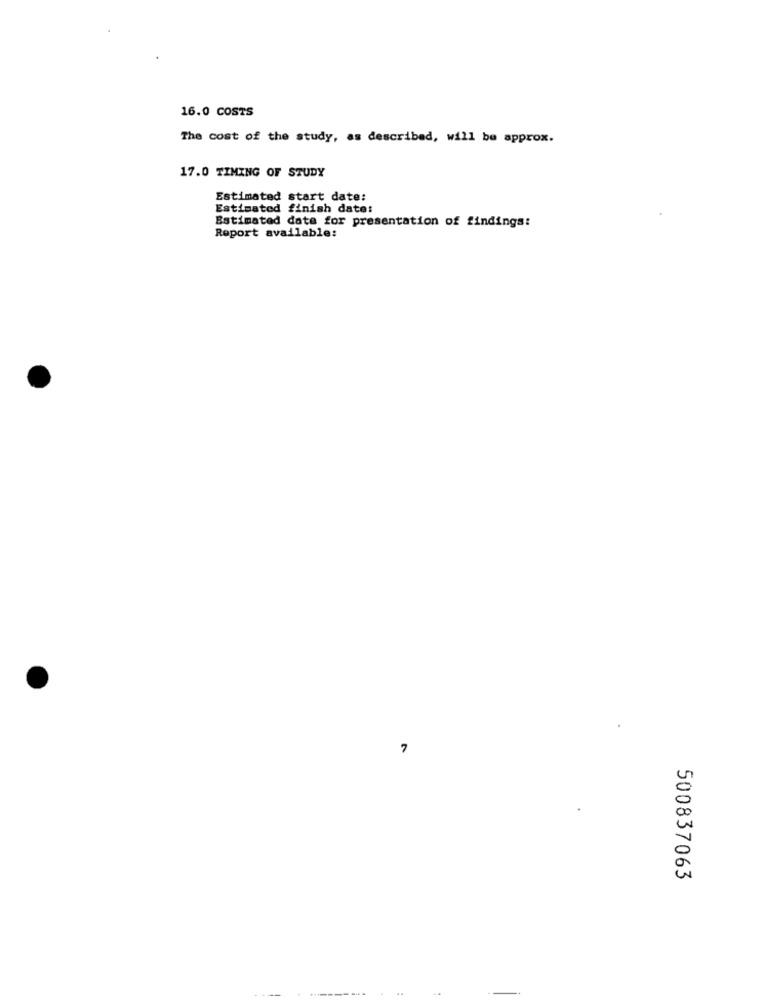
16.0 COSTS
The cost of the study, as described, will be approx.
17.0 TIMING OF STUDY
Estimated start date:
Estimated finish date:
Estimated date for presentation of findings:
Report available:
7
500837063